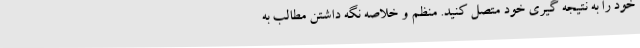
خود را به نتیجه گیری خود متصل کنید. منظم و خلاصه نگه داشتن مطالب به